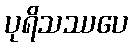
ပုရိသဿပေ